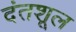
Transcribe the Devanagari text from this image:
दंतशूल